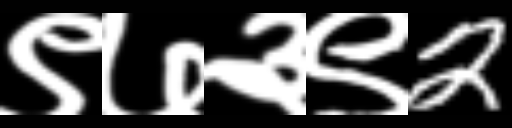
Text: ९७३९2